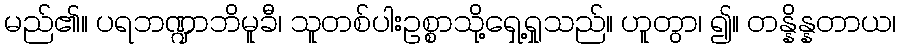
မည်၏။ ပရဘဏ္ဍာဘိမူခီ၊ သူတစ်ပါးဥစ္စာသို့ရှေ့ရှုသည်။ ဟူတွာ၊ ၍။ တန္နိန္နတာယ၊